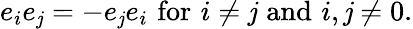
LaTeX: e_{i}e_{\mathit{j}}=-e_{\mathit{j}}e_{i}\, \, {\mathrm{{for}}}\, \, i\neq\mathit{j}\, \, {\mathrm{{and}}}\, \, i,\mathit{j}\neq0.